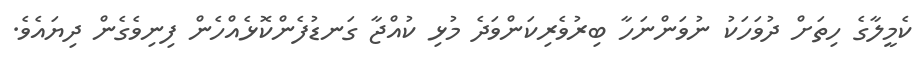
ކެމީލާގެ ހިތަށް ދުވަހަކު ނުވަންނަހާ ބިރުވެރިކަންވަދެ މުޅި ކުއްޖާ ގަނޑުފެންކޮޅެއްހެން ފިނިވެގެން ދިޔައެވެ.